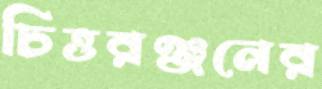
চিত্তরঞ্জনের